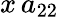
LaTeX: x\, a_{22}